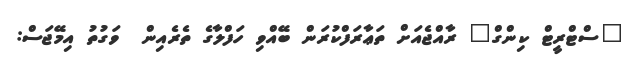
"ސްޓްރީޓް ކިންގް" ރާއްޖެއަށް ތަޢާރަފްކުރަން ބޭއްވި ހަފްލާގެ ތެރެއިން  ވަގުތު އިމޭޖަސް: